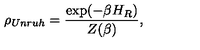
\rho _ { U n r u h } = \frac { \exp ( - \beta H _ { R } ) } { Z ( \beta ) } ,